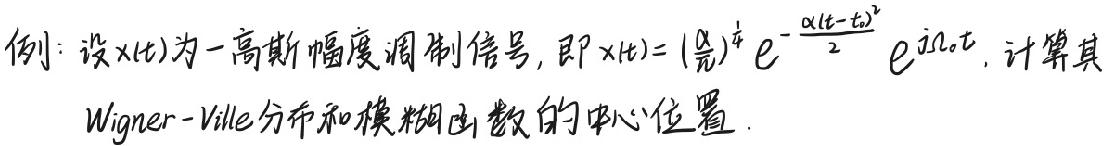
例：设$x(t)$为一高斯幅度调制信号, 即$x(t)=(\frac{\alpha}{\pi})^{\frac{1}{4}}e^{-\frac{\alpha(t - t_0)^2}{2}}e^{j\Omega_0t}$, 计算其Wigner - Ville分布和模糊函数的中心位置.